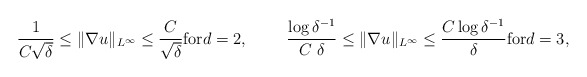
\begin{align*}\frac{1}{C\sqrt{\delta}}\leq \|\nabla u\|_{L^{\infty}}\leq \frac{C}{\sqrt{\delta}} \mbox{for} d=2,~\qquad\frac{\log\delta^{-1}}{C~\delta}\leq \|\nabla u\|_{L^{\infty}}\leq \frac{C \log\delta^{-1}}{\delta} \mbox{for} d=3,\end{align*}